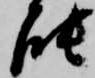
能